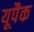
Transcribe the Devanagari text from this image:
यूपैक